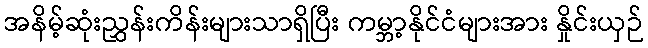
အနိမ့်ဆုံးညွှန်းကိန်းများသာရှိပြီး ကမ္ဘာ့နိုင်ငံများအား နှိုင်းယှဉ်